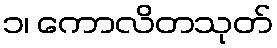
၁၊ ကောလိတသုတ်